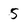
Character: 5